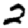
Digit: 2